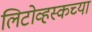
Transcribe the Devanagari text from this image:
लिटोव्हस्कच्या